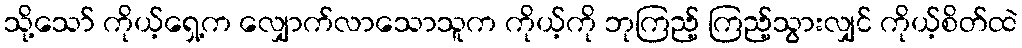
သို့သော် ကိုယ့်ရှေ့က လျှောက်လာသောသူက ကိုယ့်ကို ဘုကြည့် ကြည့်သွားလျှင် ကိုယ့်စိတ်ထဲ